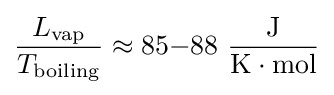
{\frac {L_{\text{vap}}}{T_{\text{boiling}}}}\approx 85{-}88\ {\frac {\text{J}}{{\text{K}}\cdot {\text{mol}}}}